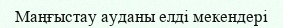
Маңғыстау ауданы елді мекендері